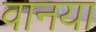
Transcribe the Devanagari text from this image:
वानया